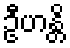
ဦဟန္တိ